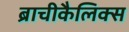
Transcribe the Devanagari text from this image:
ब्राचीकैलिक्स